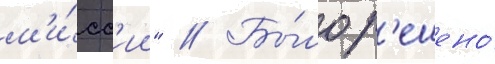
м'и́сс'ии" // Бы́ло р'ешено́